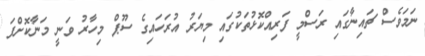
ނަމަވެސް ޗައިނާގައި ރަސްމީ ފަރިއްކޮޅުތަކުގައި މިޔަރު އުރަހައިގެ ސޫޕް މިހާރު ވަނީ މަނާކޮށްފަ